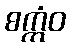
စက္ကံဝ